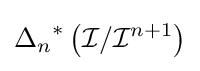
{\Delta _{n}}^{*}\left({\mathcal {I}}/{\mathcal {I}}^{n+1}\right)